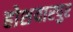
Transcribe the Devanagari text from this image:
होशयारपुर